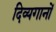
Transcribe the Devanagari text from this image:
दिव्यगानों